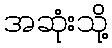
အဆုံးသို့